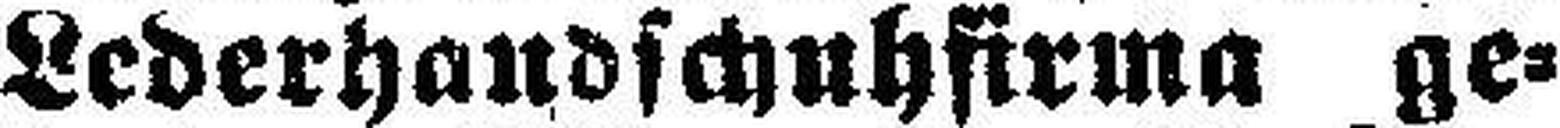
Lederhandschuhfirma ge¬